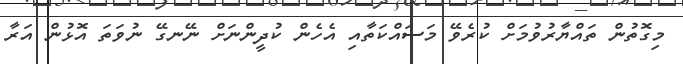
މިގޮތުން ތައްޔާރުވުމަށް ކުރެވޭ މަސައްކަތާއި އެހެން ކުދީންނަށް ނޭނގޭ ނުވަތަ އޮޅުން އަރާ